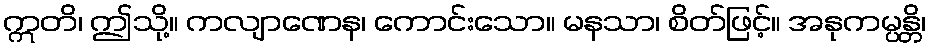
ဣတိ၊ ဤသို့။ ကလျာဏေန၊ ကောင်းသော။ မနသာ၊ စိတ်ဖြင့်။ အနုကမ္ပန္တိ၊